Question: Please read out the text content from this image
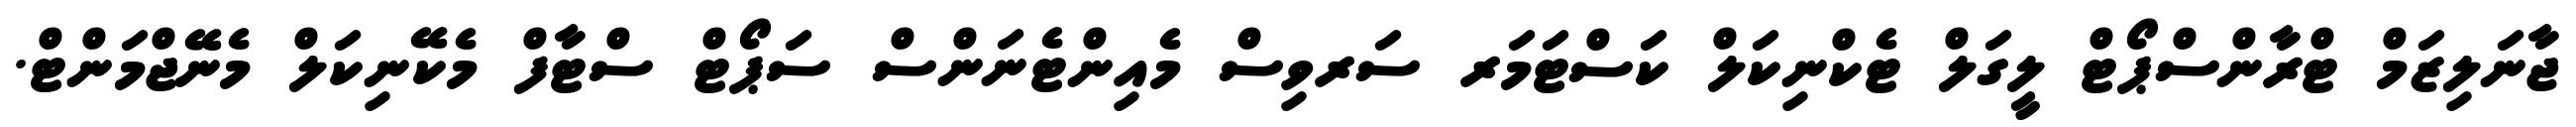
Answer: ޖާނަލިޒަމް ޓްރާންސްޕޯޓް ލީގަލް ޓެކްނިކަލް ކަސްޓަމަރ ސަރވިސް މެއިންޓެނަންސް ސަޕޯޓް ސްޓާފް މެކޭނިކަލް މެނޭޖްމަންޓް.